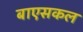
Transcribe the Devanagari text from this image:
बाएसकल